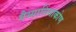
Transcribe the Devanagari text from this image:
वैय्यालिंगाकोण